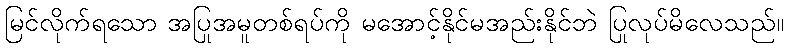
မြင်လိုက်ရသော အပြုအမူတစ်ရပ်ကို မအောင့်နိုင်မအည်းနိုင်ဘဲ ပြုလုပ်မိလေသည်။